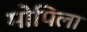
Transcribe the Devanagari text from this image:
मोपिला